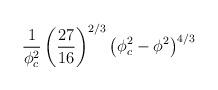
LaTeX: \begin{align*}\frac{1}{\phi_c^2} \left ( \frac{27}{16} \right )^{2/3} \left ( \phi_c^2 -\phi^2 \right )^{4/3} \end{align*}